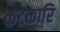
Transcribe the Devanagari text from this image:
कटकारि